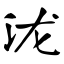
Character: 泷